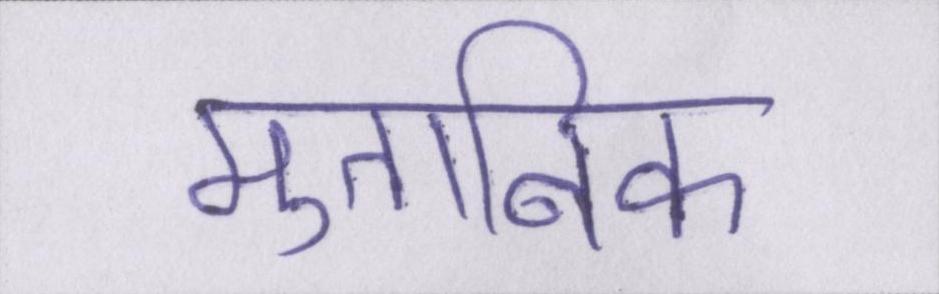
मुताबिक